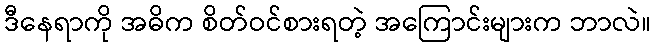
ဒီနေရာကို အဓိက စိတ်ဝင်စားရတဲ့ အကြောင်းများက ဘာလဲ။